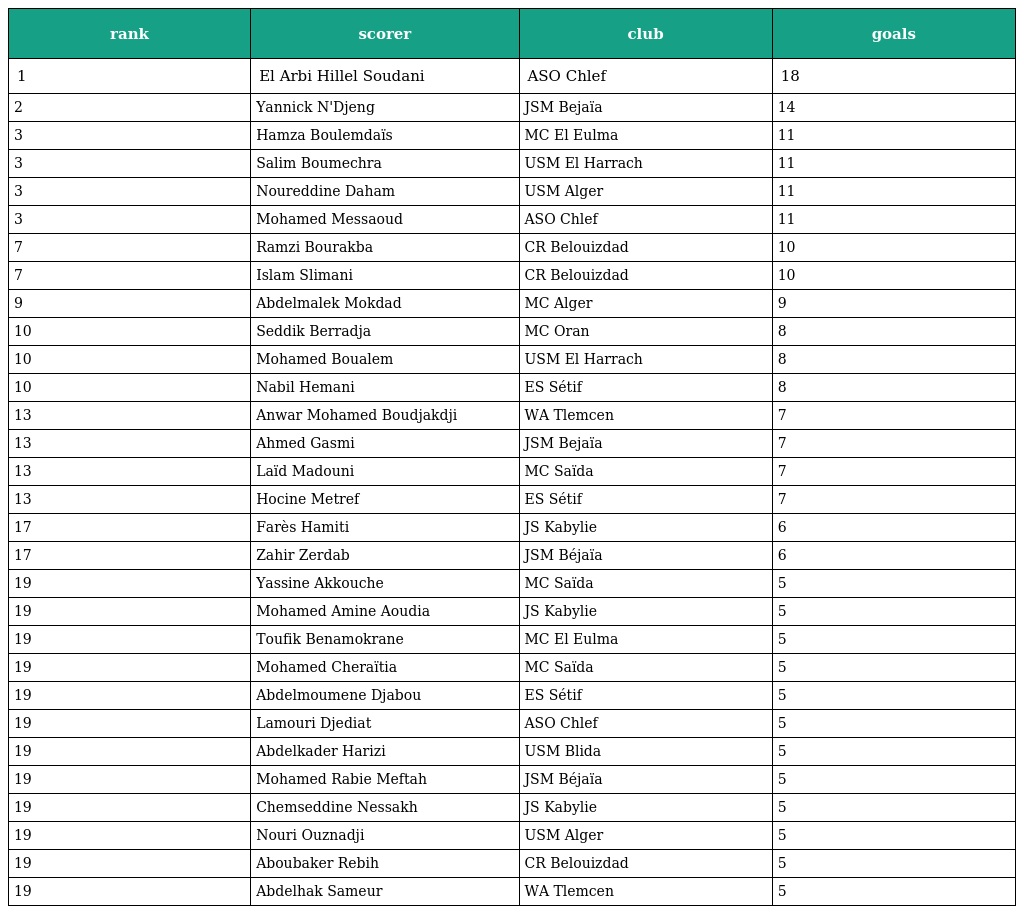
| rank | scorer | club | goals |
 | --- | --- | --- | --- |
 | 1 | El Arbi Hillel Soudani | ASO Chlef | 18 |
 | 2 | Yannick N'Djeng | JSM Bejaïa | 14 |
 | 3 | Hamza Boulemdaïs | MC El Eulma | 11 |
 | 3 | Salim Boumechra | USM El Harrach | 11 |
 | 3 | Noureddine Daham | USM Alger | 11 |
 | 3 | Mohamed Messaoud | ASO Chlef | 11 |
 | 7 | Ramzi Bourakba | CR Belouizdad | 10 |
 | 7 | Islam Slimani | CR Belouizdad | 10 |
 | 9 | Abdelmalek Mokdad | MC Alger | 9 |
 | 10 | Seddik Berradja | MC Oran | 8 |
 | 10 | Mohamed Boualem | USM El Harrach | 8 |
 | 10 | Nabil Hemani | ES Sétif | 8 |
 | 13 | Anwar Mohamed Boudjakdji | WA Tlemcen | 7 |
 | 13 | Ahmed Gasmi | JSM Bejaïa | 7 |
 | 13 | Laïd Madouni | MC Saïda | 7 |
 | 13 | Hocine Metref | ES Sétif | 7 |
 | 17 | Farès Hamiti | JS Kabylie | 6 |
 | 17 | Zahir Zerdab | JSM Béjaïa | 6 |
 | 19 | Yassine Akkouche | MC Saïda | 5 |
 | 19 | Mohamed Amine Aoudia | JS Kabylie | 5 |
 | 19 | Toufik Benamokrane | MC El Eulma | 5 |
 | 19 | Mohamed Cheraïtia | MC Saïda | 5 |
 | 19 | Abdelmoumene Djabou | ES Sétif | 5 |
 | 19 | Lamouri Djediat | ASO Chlef | 5 |
 | 19 | Abdelkader Harizi | USM Blida | 5 |
 | 19 | Mohamed Rabie Meftah | JSM Béjaïa | 5 |
 | 19 | Chemseddine Nessakh | JS Kabylie | 5 |
 | 19 | Nouri Ouznadji | USM Alger | 5 |
 | 19 | Aboubaker Rebih | CR Belouizdad | 5 |
 | 19 | Abdelhak Sameur | WA Tlemcen | 5 |